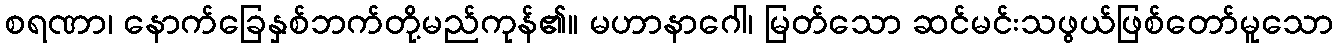
စရဏာ၊ နောက်ခြေနှစ်ဘက်တို့မည်ကုန်၏။ မဟာနာဂေါ၊ မြတ်သော ဆင်မင်းသဖွယ်ဖြစ်တော်မူသော